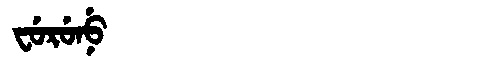
Manchu: ᠸᡠᡵᡠᠨᡠ
Romanization: FURUNU